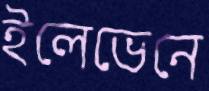
ইলেভেনে